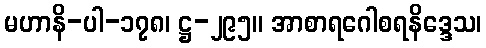
မဟာနိ-ပါ-၁၇၈၊ ဋ္ဌ-၂၉၅။ အာစာရဂေါစရနိဒ္ဒေသ၊